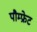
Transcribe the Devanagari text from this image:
पौम्‍फ्रेट